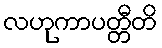
လဟုကာပတ္တီတိ